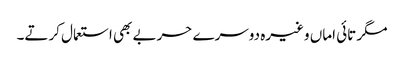
مگر تائی اماں وغیرہ دوسرے حربے بھی استعمال کرتے۔